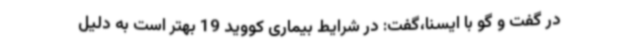
در گفت و گو با ایسنا،گفت: در شرایط بیماری کووید 19 بهتر است به دلیل